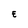
Character: E